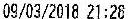
09/03/2018 21:28